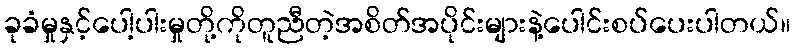
ခုခံမှုနှင့်ပေါ့ပါးမှုတို့ကိုတူညီတဲ့အစိတ်အပိုင်းများနဲ့ပေါင်းစပ်ပေးပါတယ်။